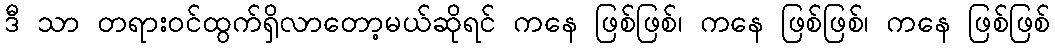
ဒီ သာ တရားဝင်ထွက်ရှိလာတော့မယ်ဆိုရင် ကနေ ဖြစ်ဖြစ်၊ ကနေ ဖြစ်ဖြစ်၊ ကနေ ဖြစ်ဖြစ်